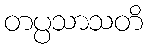
တပ္ပသာသတိ